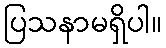
ပြသနာမရှိပါ။